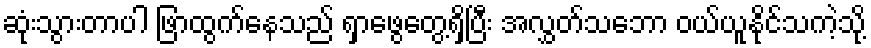
ဆုံးသွားတာပါ ဖြာထွက်နေသည် ရှာဖွေတွေ့ရှိပြီး အလွှတ်သဘော ဝယ်ယူနိုင်သကဲ့သို့